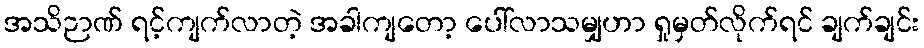
အသိဉာဏ် ရင့်ကျက်လာတဲ့ အခါကျတော့ ပေါ်လာသမျှဟာ ရှုမှတ်လိုက်ရင် ချက်ချင်း